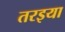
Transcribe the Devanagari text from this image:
तरइया